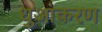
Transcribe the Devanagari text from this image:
धुआंकरण